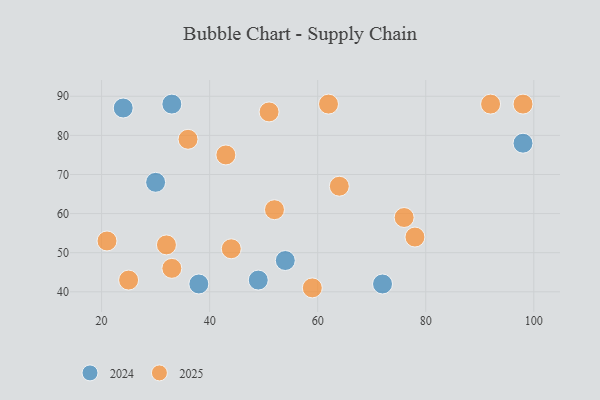
{"axis": {"x": "GDP", "y": "Life Expectancy"}, "legend": ["2024", "2025"], "data": [{"x": "62", "y": 88, "type": "2025"}, {"x": "52", "y": 61, "type": "2025"}, {"x": "59", "y": 41, "type": "2025"}, {"x": "51", "y": 86, "type": "2025"}, {"x": "44", "y": 51, "type": "2025"}, {"x": "76", "y": 59, "type": "2025"}, {"x": "98", "y": 88, "type": "2025"}, {"x": "64", "y": 67, "type": "2025"}, {"x": "78", "y": 54, "type": "2025"}, {"x": "32", "y": 52, "type": "2025"}, {"x": "25", "y": 43, "type": "2025"}, {"x": "21", "y": 53, "type": "2025"}, {"x": "92", "y": 88, "type": "2025"}, {"x": "36", "y": 79, "type": "2025"}, {"x": "33", "y": 46, "type": "2025"}, {"x": "43", "y": 75, "type": "2025"}, {"x": "72", "y": 42, "type": "2024"}, {"x": "38", "y": 42, "type": "2024"}, {"x": "33", "y": 88, "type": "2024"}, {"x": "24", "y": 87, "type": "2024"}, {"x": "54", "y": 48, "type": "2024"}, {"x": "98", "y": 78, "type": "2024"}, {"x": "30", "y": 68, "type": "2024"}, {"x": "49", "y": 43, "type": "2024"}]}